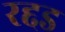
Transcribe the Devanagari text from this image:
रद्दड